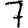
Digit: 7